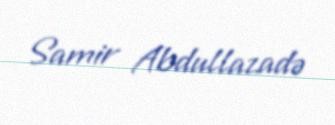
Samir Abdullazadə